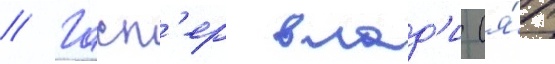
// Гасп'ер влад'и (я́п